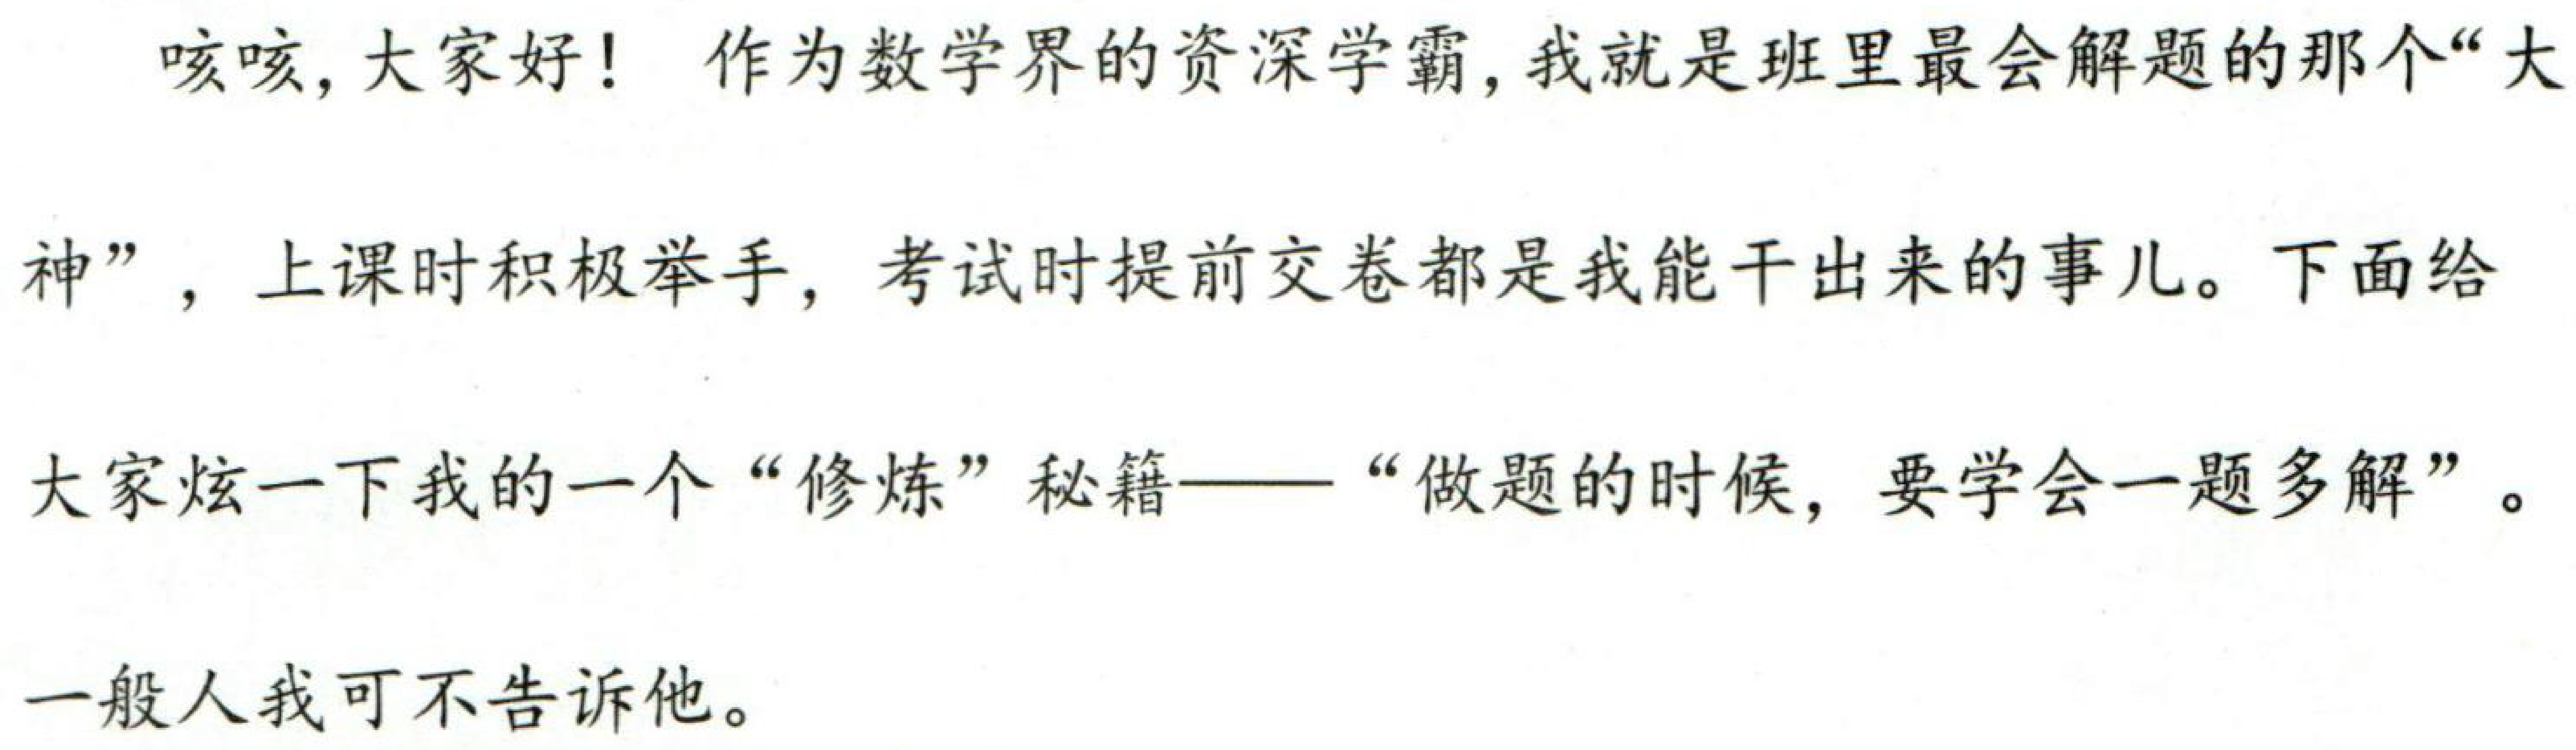
咳咳,大家好！作为数学界的资深学霸,我就是班里最会解题的那个“大神”,上课时积极举手,考试时提前交卷都是我能干出来的事儿。下面给大家炫一下我的一个“修炼”秘籍——“做题的时候,要学会一题多解”。

一般人我可不告诉他。